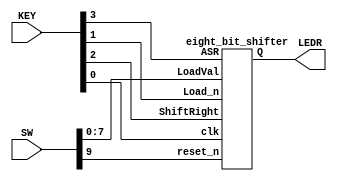
module shifter(SW, KEY, LEDR);
    input [9:0] SW; // LoadVal inputs -> SW[7:0], reset_n -> SW[9]
    input [3:0] KEY; // ASR -> KEY[3], ShiftRight -> KEY[2], Load_n -> KEY[1], clk -> KEY[0]
    output [7:0] LEDR; // output to LEDR[7:0]

    eight_bit_shifter main(
        .LoadVal(SW[7:0]),
        .Load_n(KEY[1]),
        .ShiftRight(KEY[2]),
        .ASR(KEY[3]),
        .clk(KEY[0]),
        .reset_n(SW[9]),
        .Q(LEDR[7:0])
    );

endmodule // shifter


module eight_bit_shifter(LoadVal, Load_n, ShiftRight, ASR, clk, reset_n, Q);
    input [7:0] LoadVal;
    input Load_n, ShiftRight, ASR, clk, reset_n;
    output [7:0] Q;
    wire f1;

    arithmetic_shift_copier first_bit(
        .orig(Q[7]),
        .copy(ASR),
        .out(f1)
    );

    shiftbit s7(
        .load_val(LoadVal[7]),
        .load_n(Load_n),
        .clk(clk),
        .reset_n(reset_n),
        .shift(ShiftRight),
        .in(f1),
        .out(Q[7])
    );

    shiftbit s6(
        .load_val(LoadVal[6]),
        .load_n(Load_n),
        .clk(clk),
        .reset_n(reset_n),
        .shift(ShiftRight),
        .in(Q[7]),
        .out(Q[6])
    );

    shiftbit s5(
        .load_val(LoadVal[5]),
        .load_n(Load_n),
        .clk(clk),
        .reset_n(reset_n),
        .shift(ShiftRight),
        .in(Q[6]),
        .out(Q[5])
    );

    shiftbit s4(
        .load_val(LoadVal[4]),
        .load_n(Load_n),
        .clk(clk),
        .reset_n(reset_n),
        .shift(ShiftRight),
        .in(Q[5]),
        .out(Q[4])
    );

    shiftbit s3(
        .load_val(LoadVal[3]),
        .load_n(Load_n),
        .clk(clk),
        .reset_n(reset_n),
        .shift(ShiftRight),
        .in(Q[4]),
        .out(Q[3])
    );

    shiftbit s2(
        .load_val(LoadVal[2]),
        .load_n(Load_n),
        .clk(clk),
        .reset_n(reset_n),
        .shift(ShiftRight),
        .in(Q[3]),
        .out(Q[2])
    );

    shiftbit s1(
        .load_val(LoadVal[1]),
        .load_n(Load_n),
        .clk(clk),
        .reset_n(reset_n),
        .shift(ShiftRight),
        .in(Q[2]),
        .out(Q[1])
    );

    shiftbit s0(
        .load_val(LoadVal[0]),
        .load_n(Load_n),
        .clk(clk),
        .reset_n(reset_n),
        .shift(ShiftRight),
        .in(Q[1]),
        .out(Q[0])
    );

endmodule // eight_bit_shifter


module arithmetic_shift_copier(orig, copy, out);
    input orig, copy;
    output out;

    reg out;

    always @(*)
    begin
        if (copy == 1'b1)
            out <= orig;
        else
            out <= 0;
    end

endmodule // arithmetic_shift_copier


module shiftbit(load_val, load_n, clk, reset_n, shift, in, out);
    input load_val, load_n, clk, reset_n, shift, in;
    output out;
    wire shift_out, load_out;

    mux2to1 shift_select(
        .x(out),
        .y(in),
        .s(shift),
        .m(shift_out)
    );

    mux2to1 load_select(
        .x(load_val),
        .y(shift_out),
        .s(load_n),
        .m(load_out)
    );

    d_flipflop store(
        .d(load_out),
        .clk(clk),
        .reset_n(reset_n),
        .q(out)
    );

endmodule // shiftbit


module d_flipflop(d, clk, reset_n, q);
    input d, clk, reset_n;
    output q;

    reg q;

// set q to d at positive edge of clock if reset_n is high, else set q to 0
    always @(posedge clk)
    begin
        if (reset_n == 1'b0)
            q <= 0;
        else
            q <= d;
    end

endmodule // d_flipflop


module mux2to1(x, y, s, m);
    input x; //selected when s is 0
    input y; //selected when s is 1
    input s; //select signal
    output m; //output

    assign m = s ? y : x;

endmodule // mux2to1